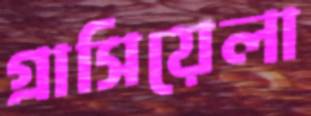
গ্রাসিয়েলা